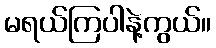
မရယ်ကြပါနဲ့ကွယ်။